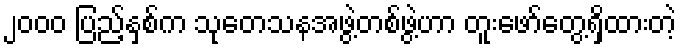
၂၀၀၀ ပြည့်နှစ်က သုတေသနအဖွဲ့တစ်ဖွဲ့ဟာ တူးဖော်တွေ့ရှိထားတဲ့